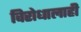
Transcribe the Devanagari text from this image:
विरोधालाही